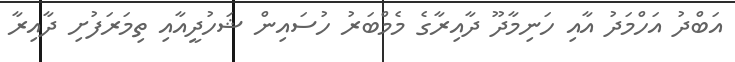
އަބްދު އަހްމަދު އާއި ހަނިމާދޫ ދާއިރާގެ މެމްބަރު ހުސައިން ޝަހުދީއާއި ތިމަރަފުށި ދާއިރާ